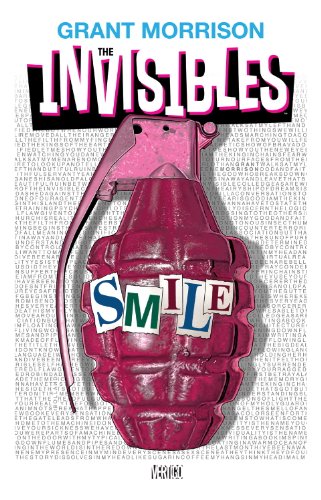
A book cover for The Invisibles; Various; Comics & Graphic Novels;